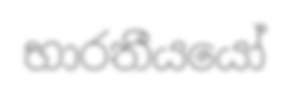
භාරතීයයෝ